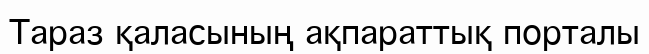
Тараз қаласының ақпараттық порталы